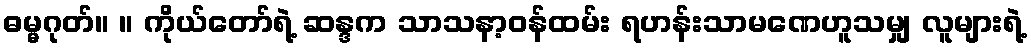
ဓမ္မဂုတ်။ ။ ကိုယ်တော်ရဲ့ ဆန္ဒက သာသနာ့ဝန်ထမ်း ရဟန်းသာမဏေဟူသမျှ လူများရဲ့